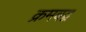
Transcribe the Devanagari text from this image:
क्रमबद्व